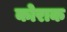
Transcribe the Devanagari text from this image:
कोराक